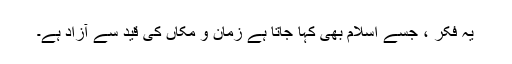
یہ فکر ، جسے اسلام بھی کہا جاتا ہے زمان و مکاں کی قید سے آزاد ہے۔